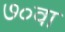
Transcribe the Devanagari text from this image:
७०वा